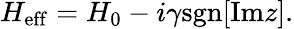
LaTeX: \begin{array}{r}{H_{\mathrm{eff}}=H_{0}-i\gamma\mathrm{sgn}[\mathrm{Im}z].}\end{array}